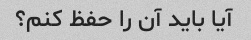
آیا باید آن را حفظ کنم؟